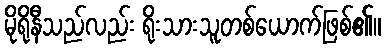
မိုရိုနီသည်လည်း ရိုးသားသူတစ်ယောက်ဖြစ်၏။